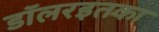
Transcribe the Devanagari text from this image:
डॉलरइतका